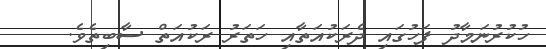
ހުކުރުނަމާދު ފަހުގައި ދެރަކުއަތާއި ހަތަރު ރަކުއަތް ސާބިތެވެ.